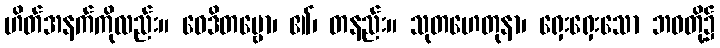
ဟိတ်အနက်ကိုလည်း။ ဝေဒိတဗ္ဗော၊ ၏၊ တနည်း။ သုတဟေတုနာ၊ ရှေးရှေးသော ဘဝတို့၌